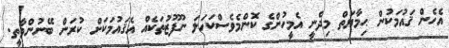
އެހެން ޤައުމަކުން ޙިމާޔަތް މިދެނީ އެމީހުންގެ ކޮންމެވެސްކަހަލަ ނުފޫޒުތަކެއް އެޤައުމަކަށް ކުރަން ބޭނުންވާތީ.